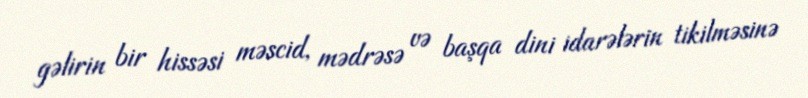
gəlirin bir hissəsi məscid, mədrəsə və başqa dini idarələrin tikilməsinə